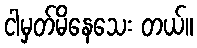
ငါမှတ်မိနေသေး တယ်။